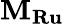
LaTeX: {{\mathbf{M}}_{{\mathbf{Ru}}}}